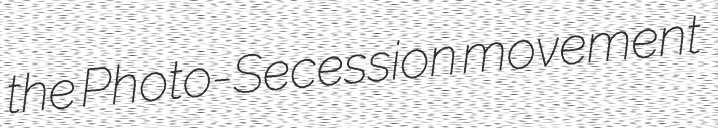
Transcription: the Photo-Secession movement